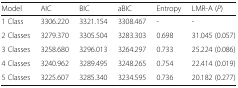
<table><thead><tr><td><b>Model</b></td><td><b>AIC</b></td><td><b>BIC</b></td><td><b>aBIC</b></td><td><b>Entropy</b></td><td><b>LMR-A (<i>P</i>)</b></td></tr></thead><tbody><tr><td>1 Class</td><td>3306.220</td><td>3321.154</td><td>3308.467</td><td>-</td><td>-</td></tr><tr><td>2 Classes</td><td>3279.370</td><td>3305.504</td><td>3283.303</td><td>0.698</td><td>31.045 (0.057)</td></tr><tr><td>3 Classes</td><td>3258.680</td><td>3296.013</td><td>3264.297</td><td>0.733</td><td>25.224 (0.086)</td></tr><tr><td>4 Classes</td><td>3240.962</td><td>3289.495</td><td>3248.265</td><td>0.754</td><td>22.414 (0.019)</td></tr><tr><td>5 Classes</td><td>3225.607</td><td>3285.340</td><td>3234.595</td><td>0.736</td><td>20.182 (0.277)</td></tr></tbody></table>